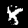
Label: 8